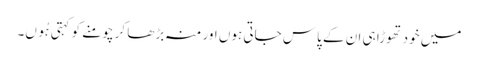
میں خود تھوڑا ہی ان کے پاس جاتی ہوں اور منہ بڑھا کر چومنے کو کہتی ہُوں۔